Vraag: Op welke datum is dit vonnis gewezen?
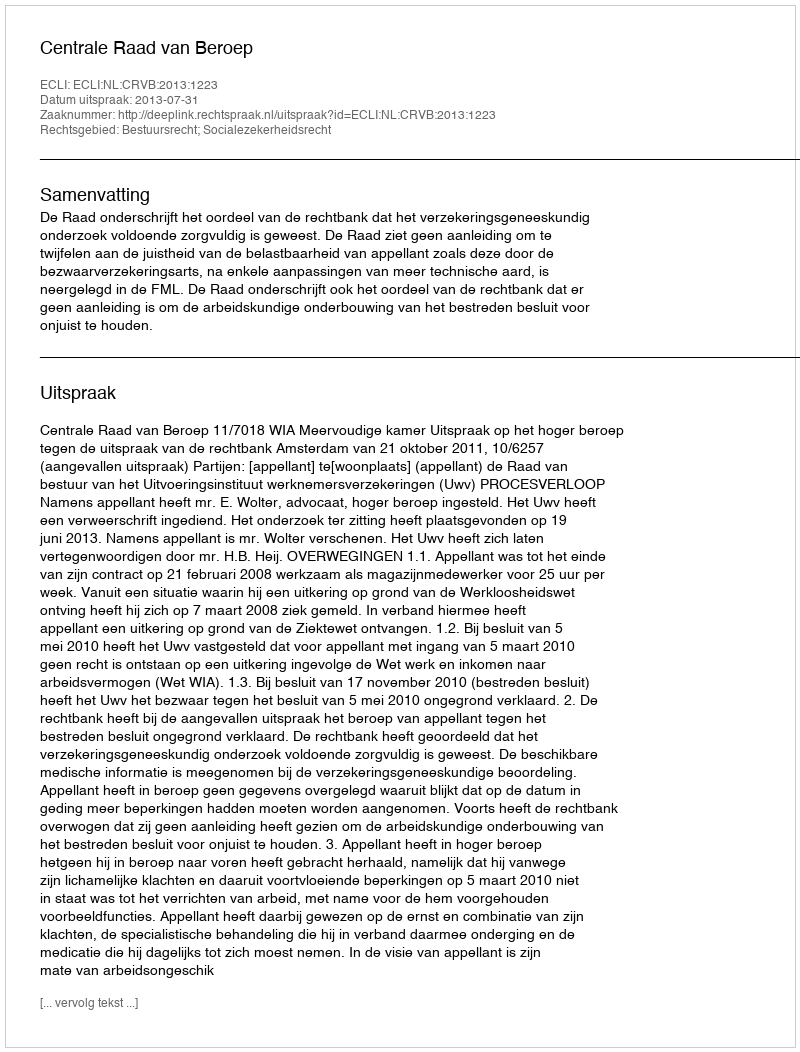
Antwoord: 2013-07-31